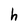
Character: h